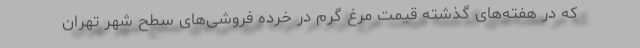
که در هفته‌های گذشته قیمت مرغ گرم در خرده فروشی‌های سطح شهر تهران